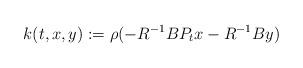
LaTeX: \begin{align*}k(t,x,y):=\rho(-R^{-1}BP_tx-R^{-1}By)\quad\end{align*}